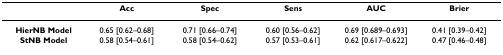
|  | Acc | Spec | Sens | AUC | Brier |
 | --- | --- | --- | --- | --- | --- |
 | HierNB Model | 0.65 [0.62–0.68] | 0.71 [0.66–0.74] | 0.60 [0.56–0.62] | 0.69 [0.689–0.693] | 0.41 [0.39–0.42] |
 | StNB Model | 0.58 [0.54–0.61] | 0.58 [0.54–0.62] | 0.57 [0.53–0.61] | 0.62 [0.617–0.622] | 0.47 [0.46–0.48] |